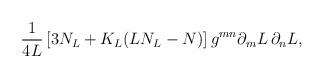
LaTeX: \begin{align*}\frac{1}{4L} \left[ 3 N_L + K_L ( L N_L - N) \right]g^{mn} \partial_m L \, \partial_n L,\end{align*}